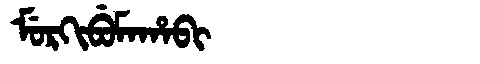
Manchu: ᠮᡠᡵᡴᡳᠪᡠᠮᠠᡥᠠᠪᡳ
Romanization: MURKIBUMAHABI